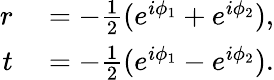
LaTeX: \begin{array}{rl}{r}&{{}=-\frac 12(e^{i\phi_{1}}+e^{i\phi_{2}}),}\\ {t}&{{}=-\frac 12(e^{i\phi_{1}}-e^{i\phi_{2}}).}\end{array}